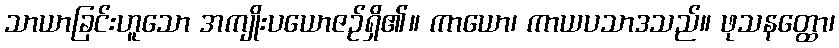
သာယာခြင်းဟူသော အကျိုးပယောဇဉ်ရှိ၏။ ကာယော၊ ကာယပသာဒသည်။ ဖုသနတ္ထော၊